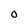
Character: O